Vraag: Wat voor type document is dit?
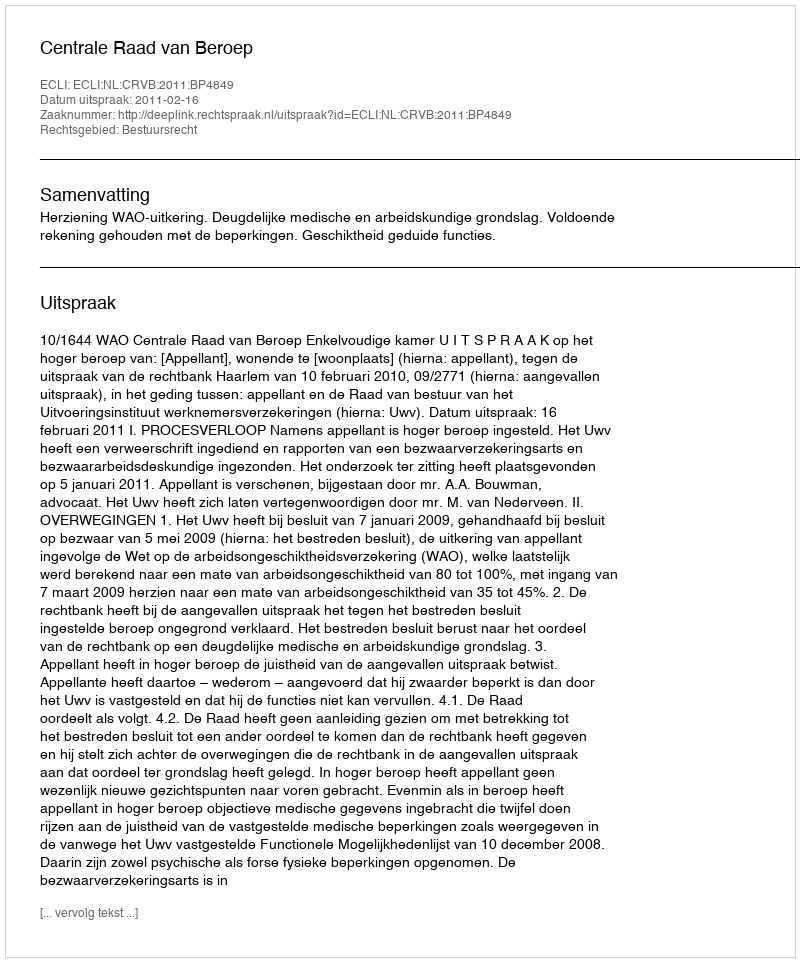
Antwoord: Uitspraak